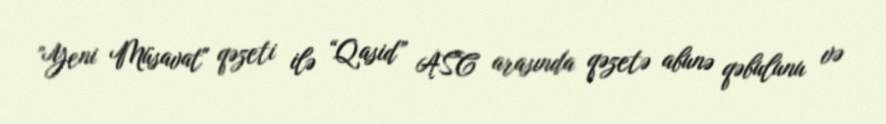
”Yeni Müsavat" qəzeti ilə “Qasid” ASC arasında qəzetə abunə qəbulunu və